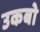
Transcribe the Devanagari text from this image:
उकबो